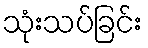
သုံးသပ်ခြင်း